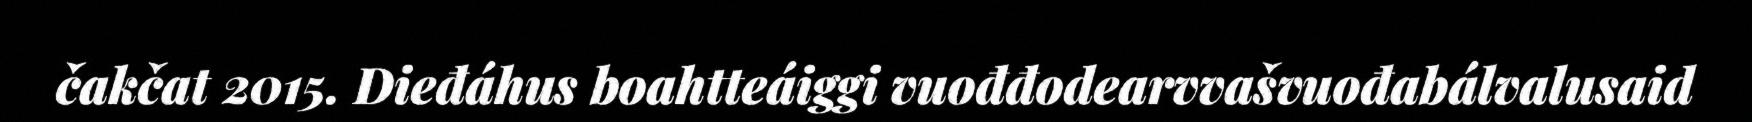
čakčat 2015. Dieđáhus boahtteáiggi vuođđodearvvašvuođabálvalusaid